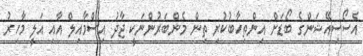
އެސޯސިއޭޝަންގެ ބޯޑަށް އިންތިހާބުކުރި ތިން މެންބަރުންނަކީ ޖާދު އިސްމާއިލް އާއި އަލީ މާހިރު